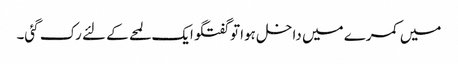
میں کمرے میں داخل ہوا تو گفتگو ایک لمحے کے لئے رک گئی۔